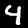
Digit: 4